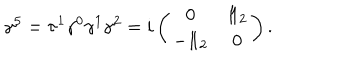
\gamma ^ { 5 } = \tau ^ { 1 } \gamma ^ { 0 } \gamma ^ { 1 } \gamma ^ { 2 } = i \left( \begin{array} { c c } { { 0 } } & { { 1 \! \! 1 _ { 2 } } } \\ { { - 1 \! \! 1 _ { 2 } } } & { { 0 } } \\ \end{array} \right) .